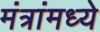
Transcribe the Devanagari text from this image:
मंत्रांमध्ये